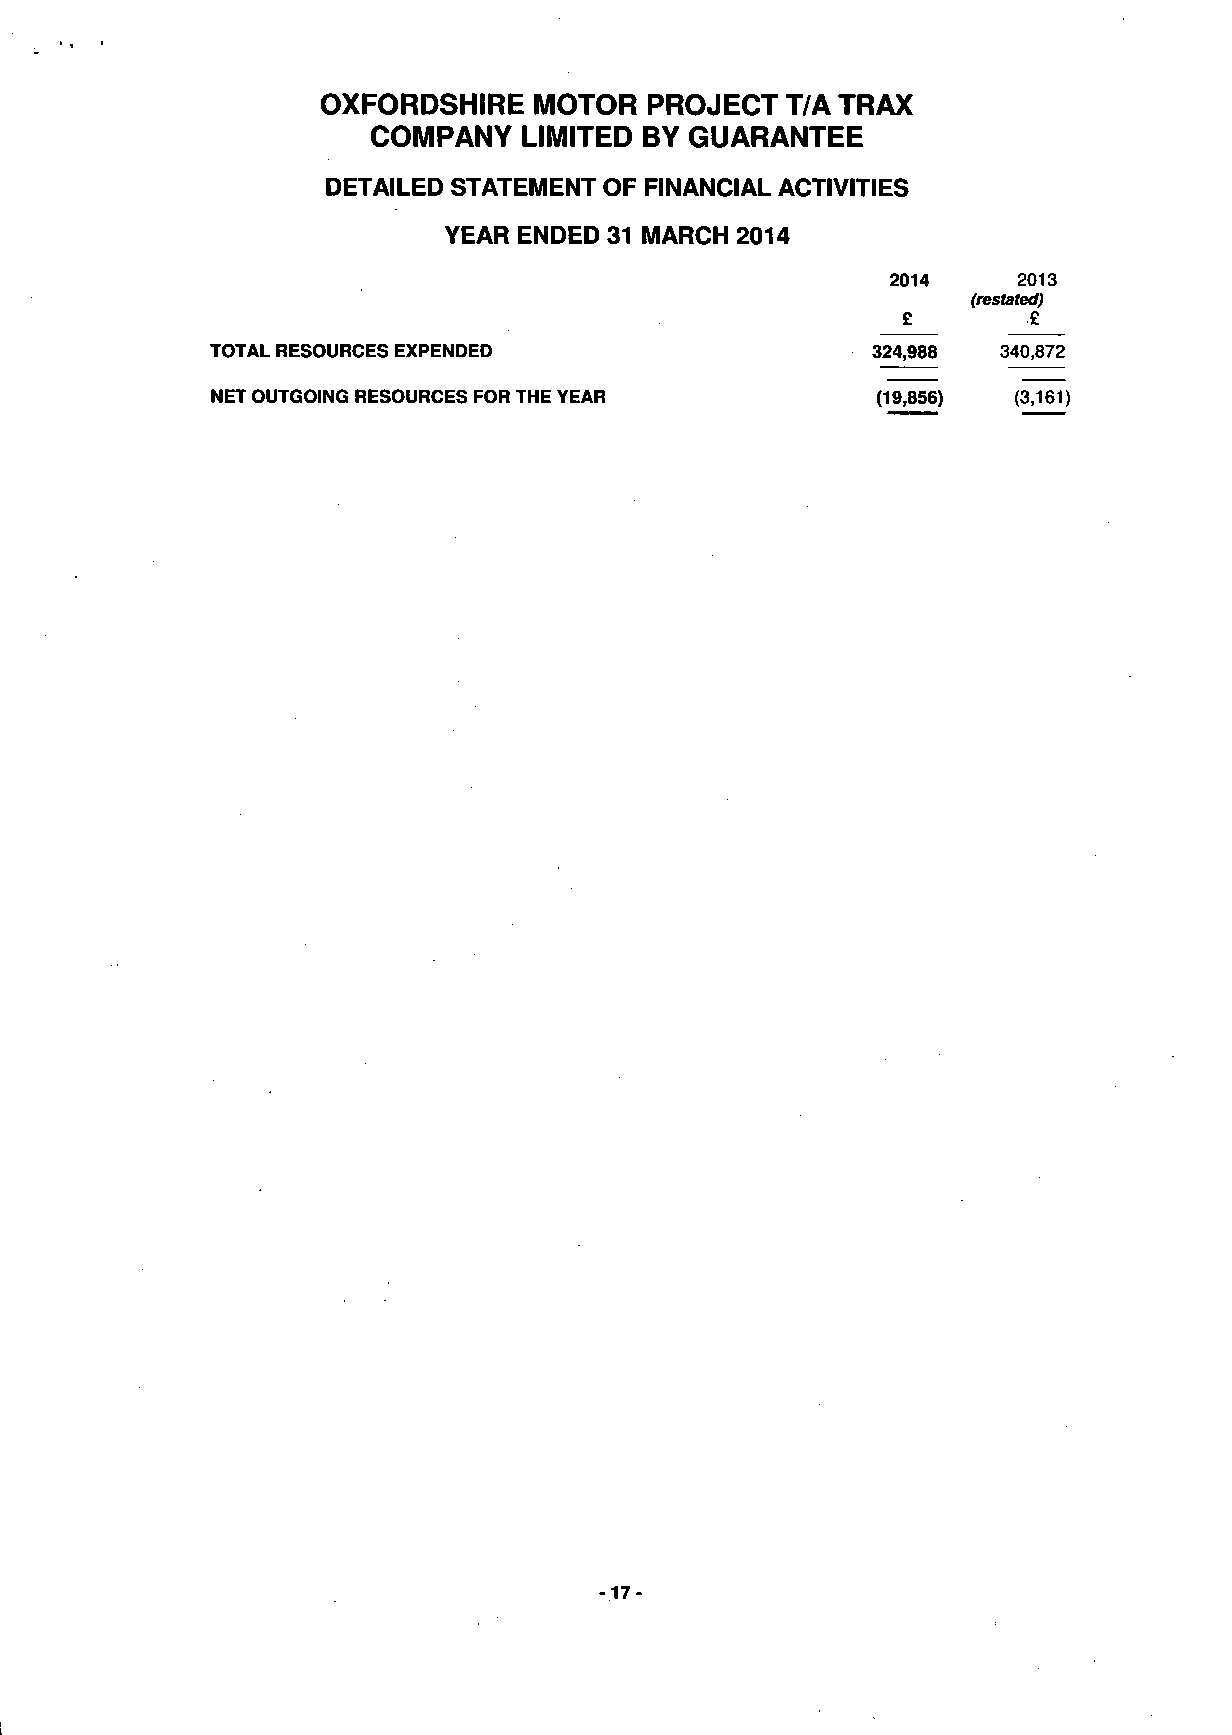
OXFORDSHIRE   MOTOR   PROJECT  T/A TRAX
 COMPANY   LIMITED BY GUARANTEE
 DETAILED STATEMENT OF FINANCIAL ACTIVITIES
 YEAR ENDED 31 MARCH 2014
 2014    2013
 (restated)
 £       £
 TOTAL RESOURCES EXPENDED                     324,988  340,872
 NET OUTGOING RESOURCES FOR THE YEAR           (19,856) (3,161)
 -17-
 I